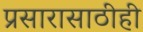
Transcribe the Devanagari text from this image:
प्रसारासाठीही